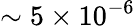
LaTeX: \sim 5\times 10^{-6}